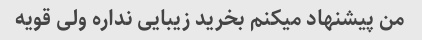
من پیشنهاد میکنم بخرید زیبایی نداره ولی قویه